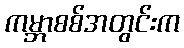
ကမ္ဘာစစ်အတွင်းက